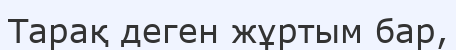
Тарақ деген жұртым бар,